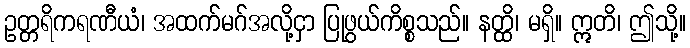
ဥတ္တရိကရဏီယံ၊ အထက်မဂ်အလို့ငှာ ပြုဖွယ်ကိစ္စသည်။ နတ္ထိ၊ မရှိ။ ဣတိ၊ ဤသို့။